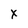
Character: x